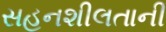
સહનશીલતાની